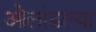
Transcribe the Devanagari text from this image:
ओलांडल्या